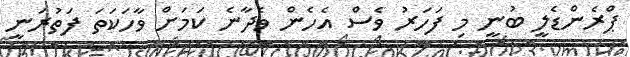
ޕްރެންޑެލީ ބުނީ މި ފަހަރު ވެސް އެހެން ވެދާނެ ކަމަށް ވާހަކަތަ ފަތުރަނީ